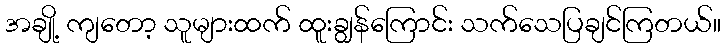
အချို့ ကျတော့ သူများထက် ထူးချွန်ကြောင်း သက်သေပြချင်ကြတယ်။